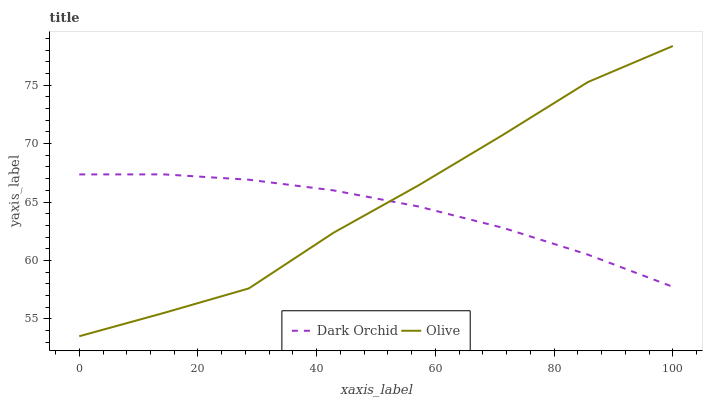
| xaxis_label | Dark Orchid | Olive |
 | --- | --- | --- |
 | 0 | 67.4 | 53.5 |
 | 14.3 | 67.4 | 55.5 |
 | 28.6 | 66.9 | 57.6 |
 | 42.9 | 66 | 62.4 |
 | 57.1 | 64.6 | 66.4 |
 | 71.4 | 62.8 | 70.8 |
 | 85.7 | 60.5 | 75.3 |
 | 100 | 57.8 | 78.3 |